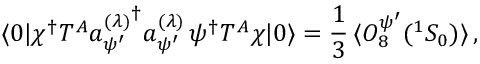
\langle 0 | \chi ^ { \dagger } T ^ { A } { a _ { \psi ^ { \prime } } ^ { ( \lambda ) } } ^ { \dagger } a _ { \psi ^ { \prime } } ^ { ( \lambda ) } \, \psi ^ { \dagger } T ^ { A } \chi | 0 \rangle = \frac { 1 } { 3 } \, \langle { \cal O } _ { 8 } ^ { \psi ^ { \prime } } ( { } ^ { 1 } S _ { 0 } ) \rangle \, ,